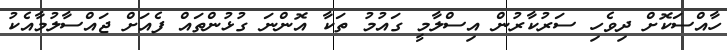
ހާއްސަކޮށް ދިވެހި ސަރުކާރުން އިސްލާމީ ގައުމު ތަކާ އޮންނަ ގުޅުންތައް ފެއަށް ޖައްސާލުމާއެކު